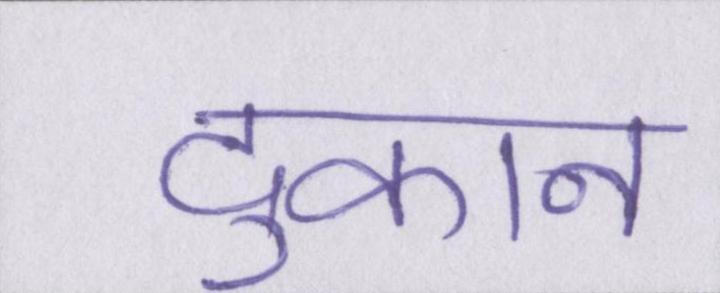
दुकान